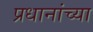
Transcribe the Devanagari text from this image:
प्रधानांच्या